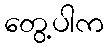
တွေ့ပါက